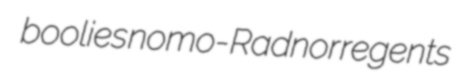
boolies nomo- Radnor regents